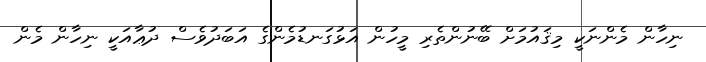
ނިހާން މެންނަކީ މިޤައުމަށް ބޭނުންތެރި މީހުން އަޅުގަނޑުމެންގެ އަބަދުވެސް ދުޢާއަކީ ނިހާން މެން